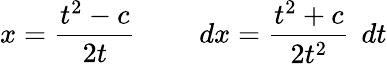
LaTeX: x={\frac{t^{2}-c}{2t}}\quad\quad\ dx={\frac{t^{2}+c}{2t^{2}}}\, \ dt